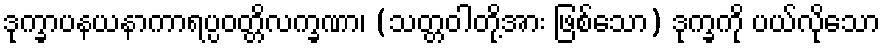
ဒုက္ခာပနယနာကာရပ္ပဝတ္တိလက္ခဏာ၊ (သတ္တဝါတို့အား ဖြစ်သော) ဒုက္ခကို ပယ်လိုသော